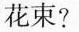
花束?